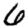
Digit: 6